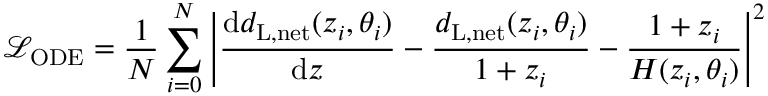
\mathcal { L } _ { \mathrm { O D E } } = \frac { 1 } { N } \sum _ { i = 0 } ^ { N } \left| \frac { \mathrm { d } d _ { \mathrm { L , n e t } } ( z _ { i } , \theta _ { i } ) } { \mathrm { d } z } - \frac { d _ { \mathrm { L , n e t } } ( z _ { i } , \theta _ { i } ) } { 1 + z _ { i } } - \frac { 1 + z _ { i } } { H ( z _ { i } , \theta _ { i } ) } \right| ^ { 2 }